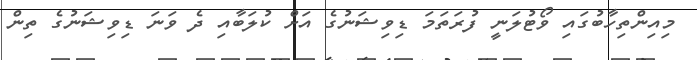
މިއިންތިހާބުގައި ވޯޓުލަނީ ފުރަތަމަ ޑިވިޝަނުގެ އަށް ކުލަބާއި ދެ ވަނަ ޑިވިޝަނުގެ ތިން